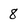
Character: 8